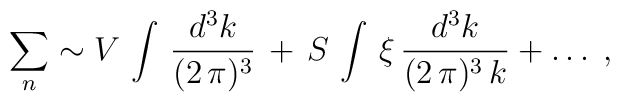
\begin{array}{c}  \displaystyle{  \sum_{n} \sim   V\, \int\,\frac{d^{3}k}{(2\,\pi)^{3}}\,    + \, S\, \int\,\xi\,\frac{d^{3}k}{(2\,\pi)^{3}\,k} + \dots}\end{array},